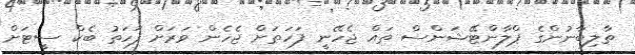
ތާލިބާނުންގެ ޕްލާންޓޭޝަންސް ތައް ޖެހޭނީ ފަހަތަށް ޖެހެން ވަރަށް ފަހަތު ބެކް ސީޓަށް